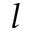
l